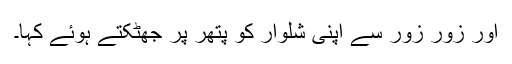
اور زور زور سے اپنی شلوار کو پتھر پر جھٹکتے ہوئے کہا۔